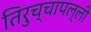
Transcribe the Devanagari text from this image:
तिरुच्चापल्ली